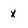
Character: x